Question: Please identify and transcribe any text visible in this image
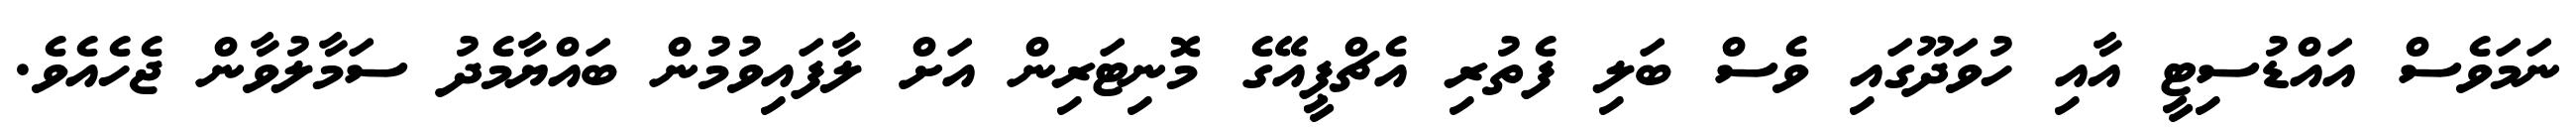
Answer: ނަމަވެސް އައްޑުސިޓީ އާއި ހުވަދޫގައި ވެސް ބަލި ފެތުރި އެޗްޕީއޭގެ މޮނިޓަރިން އަށް ލާފައިވުމުން ބައްޔާމެދު ސަމާލުވާން ޖެހެއެވެ.